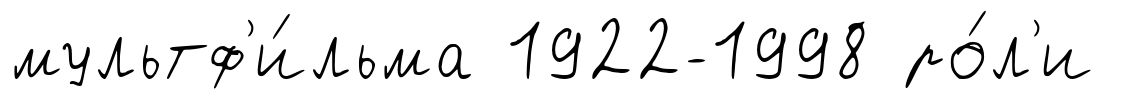
мультф'и́льма 1922-1998 ро́л'и